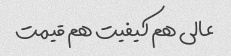
عالی هم کیفیت هم قیمت